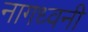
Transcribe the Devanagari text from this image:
नागध्वनी